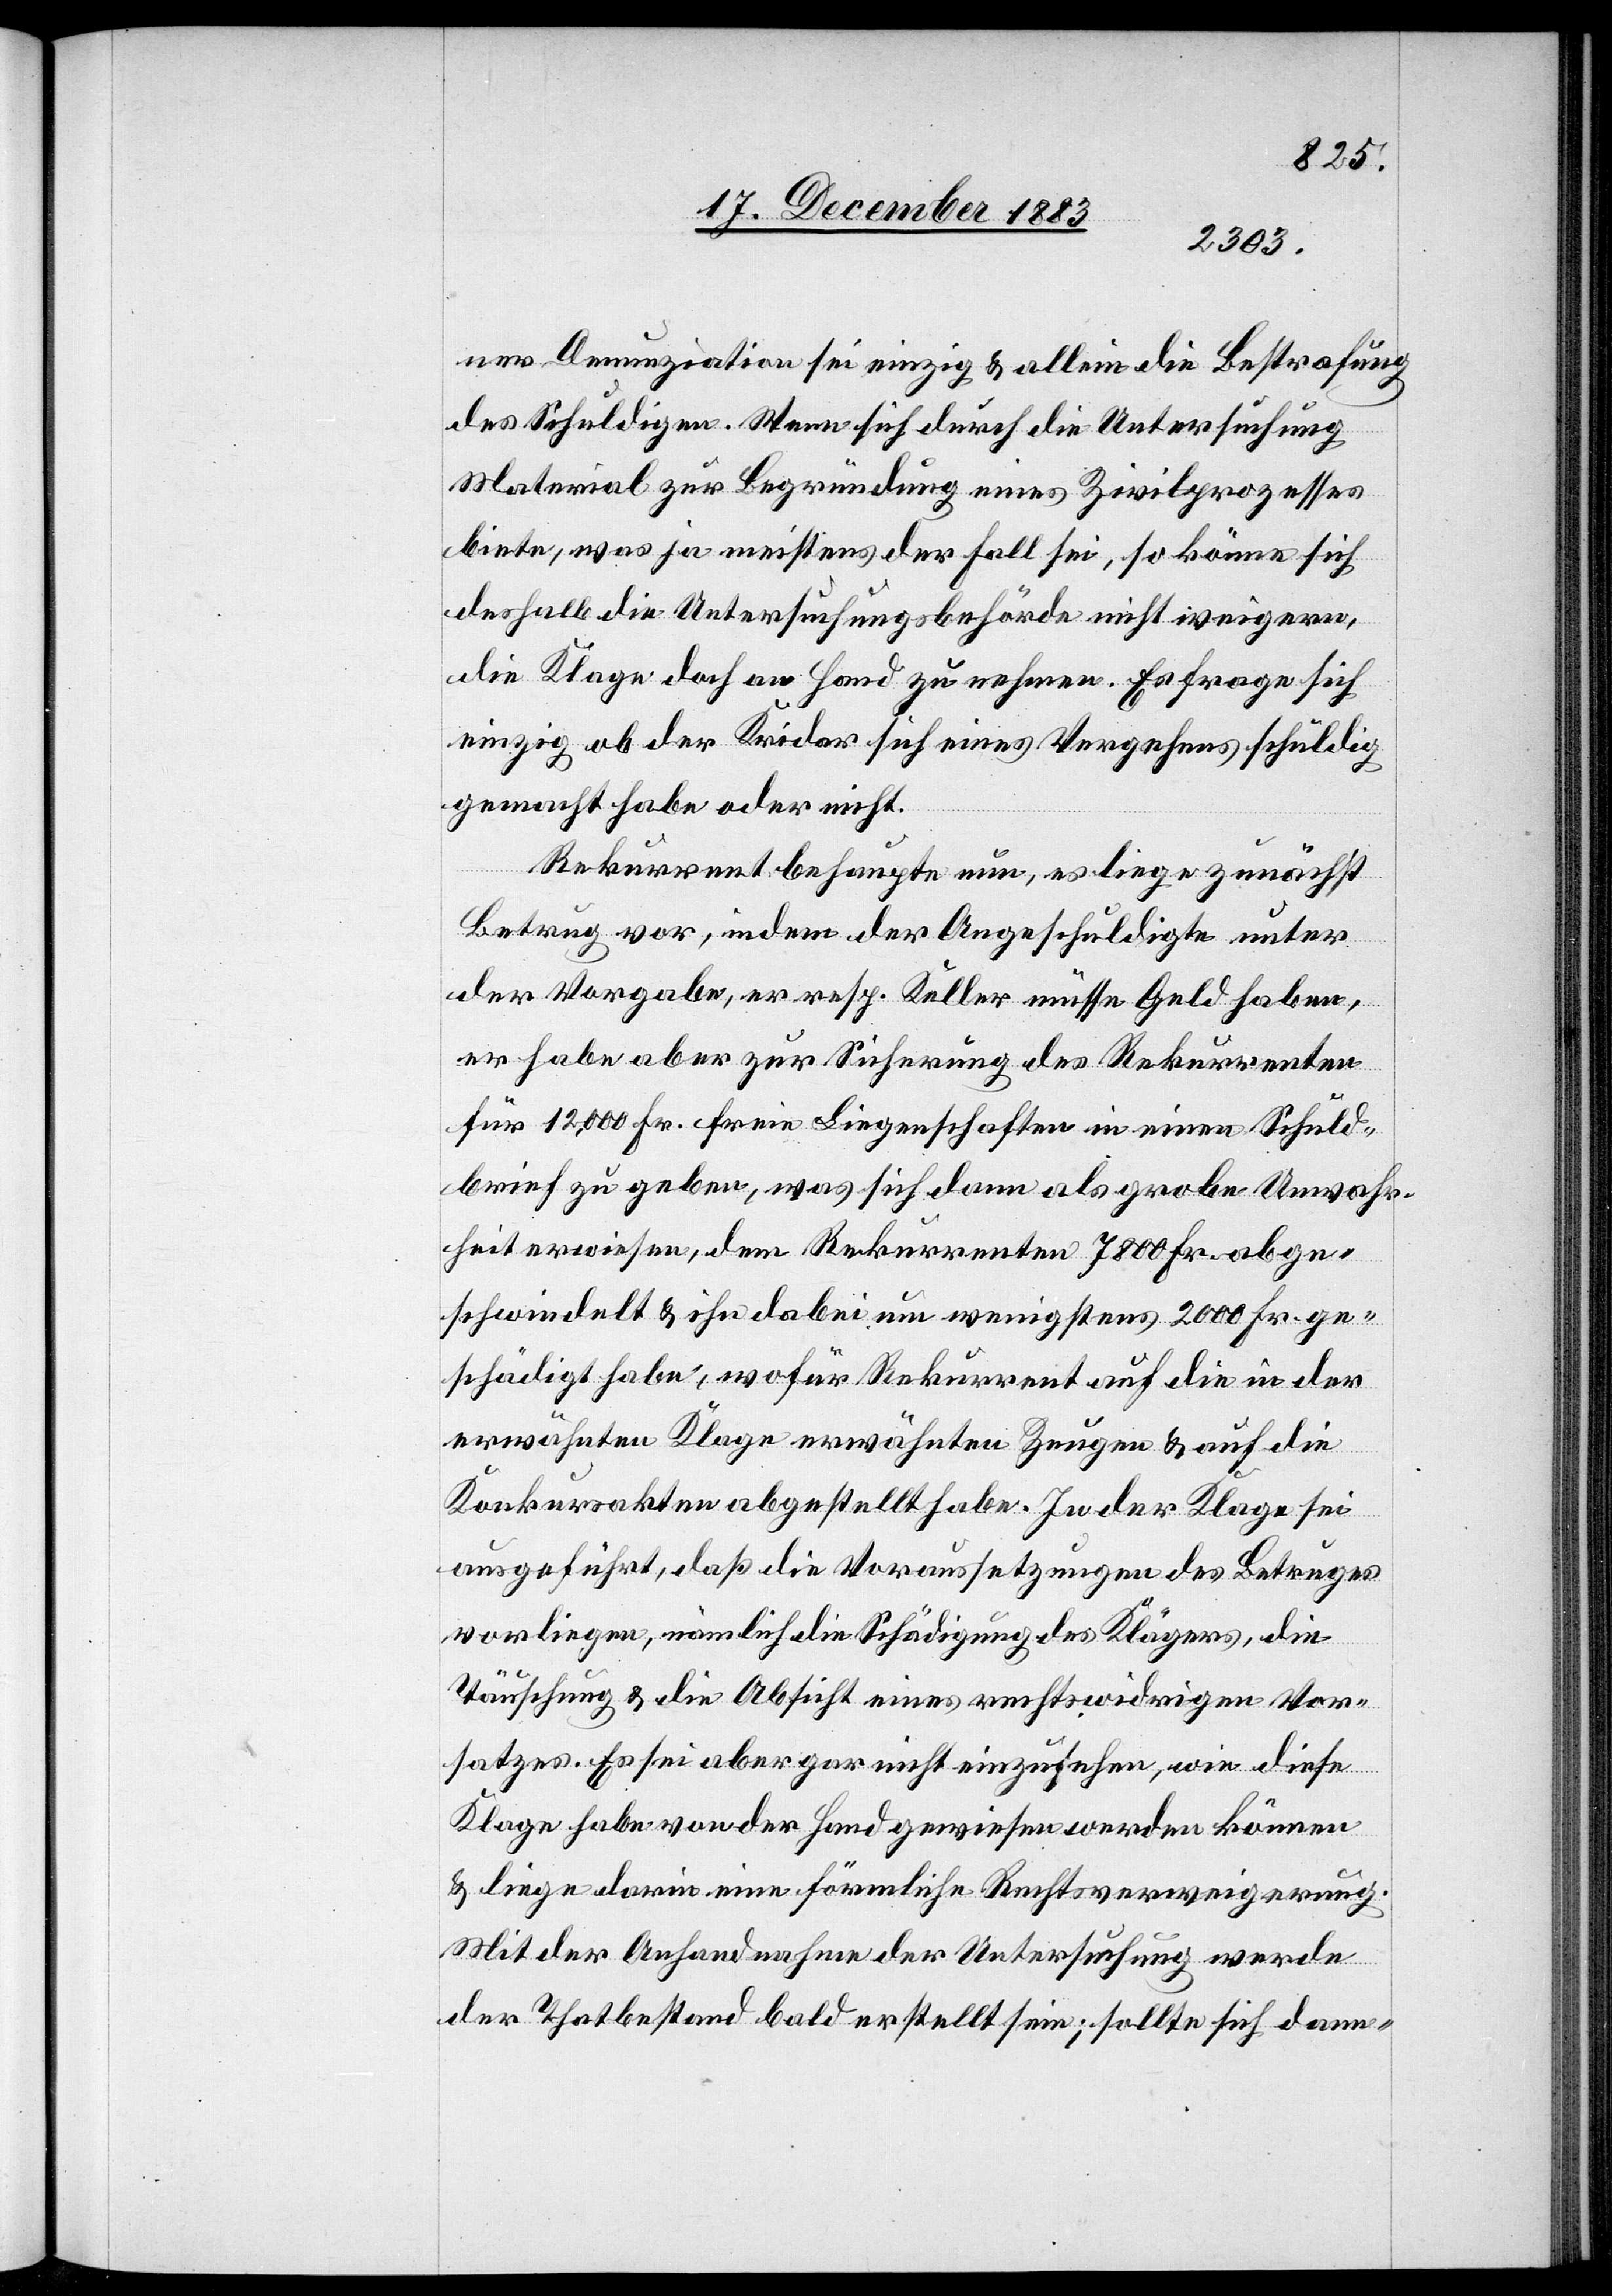
ner Denunziation sei einzig & allein die Bestrafung
des Schuldigen. Wenn sich durch die Untersuchung
Material zur Begründung eines Zivilprozesses
biete, was ja meistens der Fall sei, so könne sich
deshalb die Untersuchungsbehörde nicht weigern,
die Klage doch an Hand zu nehmen. Es frage sich
einzig ob der Kridar sich eines Vergehens schuldig
gemacht habe oder nicht.
Rekurrent behaupte nun, es liege zunächst
Betrug vor, indem der Angeschuldigte unter
der Vorgabe, er resp. Keller müsse Geld haben,
es habe aber zur Sicherung des Rekurrenten
für 12,000 Fr. freie Liegenschaften in einen Schuld¬
brief zu geben, was sich dann als grobe Unwahr¬
heit erwiesen, dem Rekurrenten 7800 Fr. abge¬
schwindelt & ihn dabei um wenigstens 2000 Fr. ge¬
schädigt habe, wofür Rekurrent auf die in der
erwähnten Klage erwähnten Zeugen & auf die
Konkursakten abgestellte habe. In der Klage sei
ausgeführt, daß die Voraussetzungen des Betruges
vorliegen, nämlich die Schädigung des Klägers, die
Täuschung & die Absicht eines rechtswidrigen Vor¬
satzes. Es sei aber gar nicht einzusehen, wie diese
Klage habe von der Hand gewiesen werden können
& liege darin eine förmliche Rechtsverweigerung.
Mit der Anhandnahme der Untersuchung werde
der Thatbestand bald erstellt sein; sollte sich dann-